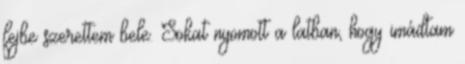
fejbe szerettem bele. Sokat nyomott a latban, hogy imádtam